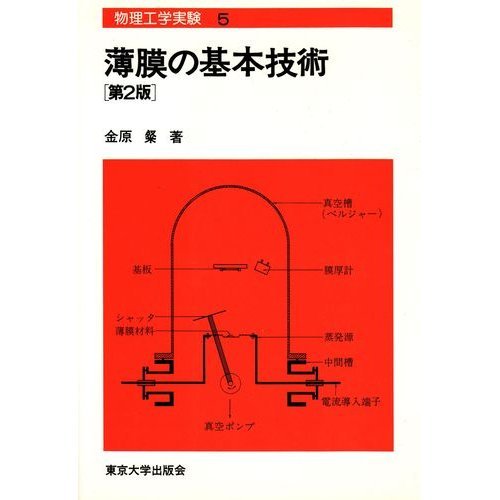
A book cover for Basic technology of thin film (engineering physics experiment) (1987) ISBN: 4130630415 [Japanese Import]; Science & Math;